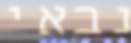
נבאי